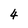
Character: 4